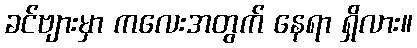
ခင်ဗျားမှာ ကလေးအတွက် နေရာ ရှိလား။